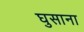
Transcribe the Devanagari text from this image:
घुसाना